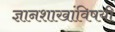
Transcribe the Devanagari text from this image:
ज्ञानशाखांविषयी